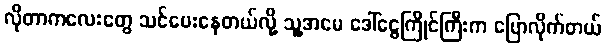
လိုတာကလေးတွေ သင်ပေးနေတယ်လို့ သူ့အမေ ဒေါ်ငွေကြိုင်ကြီးက ပြောလိုက်တယ်